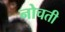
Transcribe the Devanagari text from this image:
नोचती